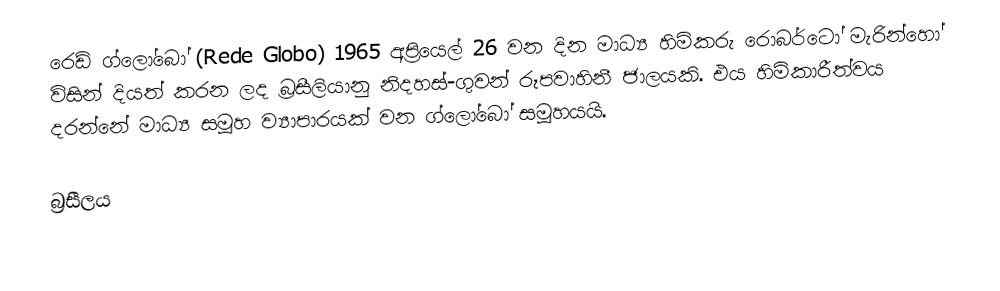
රෙඩ් ග්ලෝබෝ (Rede Globo) 1965 අප්‍රියෙල් 26 වන දින මාධ්‍ය හිමිකරු රොබර්ටෝ මැරින්හෝ විසින් දියත් කරන ලද බ්‍රසීලියානු නිදහස්-ගුවන් රූපවාහිනී ජාලයකි. එය හිමිකාරීත්වය දරන්නේ මාධ්‍ය සමූහ ව්‍යාපාරයක් වන ග්ලෝබෝ සමූහයයි.

බ්‍රසීලය